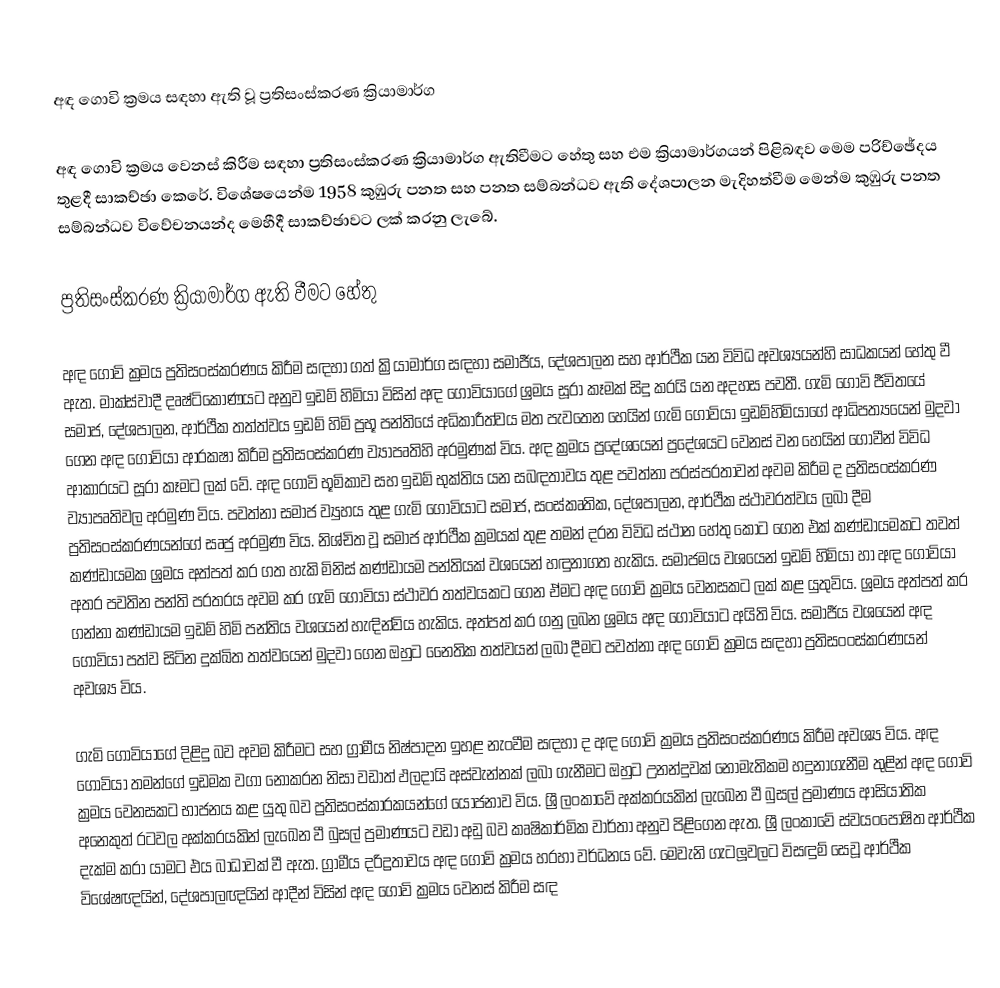

අඳ ගොවි ක්‍රමය සඳහා ඇති වූ ප්‍රතිසංස්කරණ ක්‍රියාමාර්ග

අඳ ගොවි ක්‍රමය වෙනස් කිරීම සඳහා ප්‍රතිසංස්කරණ ක්‍රියාමාර්ග ඇතිවීමට හේතු සහ එම ක්‍රියාමාර්ගයන් පිළිබඳව මෙම පරිච්ඡේදය තුළදී සාකච්ඡා කෙරේ. විශේෂයෙන්ම 1958 කුඹුරු පනත සහ පනත සම්බන්ධව ඇති දේශපාලන මැදිහත්වීම මෙන්ම කුඹුරු පනත සම්බන්ධව විවේචනයන්ද මෙහීදී සාකච්ඡාවට ලක් කරනු ලැබේ.

ප්‍රතිසංස්කරණ ක්‍රියාමාර්ග ඇති වීමට හේතු

අඳ ගොවි ක්‍රමය ප්‍රතිසංස්කරණය කිරීම සඳහා ගත් ක්‍රියාමාර්ග සඳහා සමාජීය, දේශපාලන සහ ආර්ථීක යන විවිධ අවශ්‍යයන්හි සාධකයන් හේතු වී ඇත. මාක්ස්වාදී දෘෂ්ටිකෝණයට අනුව ඉඩම් හිමියා විසින් අඳ ගොවියාගේ ශ්‍රමය සූරා කෑමක් සිදු කරයි යන අදහස පවතී. ගැමි ගොවි ජීවිතයේ සමාජ, දේශපාලන, ආර්ථීක තත්ත්වය ඉඩම් හිමි ප්‍රභූ පන්තියේ අධිකාරීත්වය මත පැවතෙන හෙයින් ගැමි ගොවියා ඉඩම්හිමියාගේ ආධිපත්‍යයෙන් මුදවා ගෙන අඳ ගොවියා ආරක‍ෂා කිරීම ප්‍රතිසංස්කරණ ව්‍යාපෘතිහි අරමුණක් විය. අඳ ක්‍රමය ප්‍රදේශයෙන් ප්‍රදේශයට වෙනස් වන හෙයින් ගොවීන් විවිධ ආකාරයට සූරා කෑමට ලක් වේ. අඳ ගොවි භූමිකාව සහ ඉඩම් භුක්තිය යන සබඳතාවය තුළ පවත්නා පරස්පරතාවන් අවම කිරීම ද ප්‍රතිසංස්කරණ ව්‍යාපෘතිවල අරමුණ විය. පවත්නා සමාජ ව්‍යුහය තුළ ගැමි ගොවියාට සමාජ, සංස්කෘතික, දේශපාලන, ආර්ථීක ස්ථාවරත්වය ලබා දීම ප්‍රතිසංස්කරණයන්ගේ සෘජු අරමුණ විය. නිශ්චිත වූ සමාජ ආර්ථීක ක්‍රමයක් තුළ තමන් දරන විවිධ ස්ථාන හේතු කොට ගෙන එක් කණ්ඩායමකට තවත් කණ්ඩායමක ශ්‍රමය අත්පත් කර ගත හැකි මිනිස් කණ්ඩායම පන්තියක් වශයෙන් හඳුනාගත හැකිය. සමාජමය වශයෙන් ඉඩම් හිමියා හා අඳ ගොවියා  අතර පවතින පන්ති පරතරය අවම කර ගැමි ගොවියා ස්ථාවර තත්වයකට ගෙන ඒමට අඳ ගොවි ක්‍රමය වෙනසකට ලක් කළ යුතුවිය. ශ්‍රමය අත්පත් කර ගන්නා කණ්ඩායම ඉඩම් හිමි පන්තිය වශයෙන් හැඳින්විය හැකිය. අත්පත් කර ගනු ලබන ශ්‍රමය අඳ ගොවියාට අයිති විය. සමාජීය වශයෙන් අඳ ගොවියා පත්ව සිටින දුක්ඛිත තත්වයෙන් මුදවා ගෙන ඔහුට නෛතික තත්වයන් ලබා දීමට පවත්නා අඳ ගොවි ක්‍රමය සඳහා ප්‍රතිසංංස්කරණයන් අවශ්‍ය විය.

ගැමි ගොවියාගේ දිළිදු බව අවම කිරීමට සහ ග්‍රාමීය නිෂ්පාදන ඉහළ නැංවීම සඳහා ද අඳ ගොවි ක්‍රමය ප්‍රතිසංස්කරණය කිරීම අවශ්‍ය විය. අඳ ගොවියා තමන්ගේ ඉඩමක වගා නොකරන නිසා වඩාත් ඵලදායි අස්වැන්නක් ලබා ගැනීමට ඔහුට උනන්දුවක් නොමැතිකම හදුනාගැනීම තුළින් අඳ ගොවි ක්‍රමය වෙනසකට භාජනය කළ යුතු බව ප්‍රතිසංස්කාරකයන්ගේ යෝජනාව විය. ශ්‍රී ලංකාවේ අක්කරයකින් ලැඛෙන වී බුසල් ප්‍රමාණය ආසියාතික අනෙකුත් රටවල අක්කරයකින් ලැඛෙන වී බුසල් ප්‍රමාණයට වඩා අඩු බව කෘෂිකාර්මික වාර්තා අනුව පිළිගෙන ඇත. ශ්‍රී ලංකාවේ ස්වයංපෝෂිත ආර්ථීක දැක්ම කරා යාමට එය බාධාවක් වී ඇත. ග්‍රාමීය දරිද්‍රතාවය අඳ ගොවි ක්‍රමය හරහා වර්ධනය වේ. මෙවැනි ගැටලූවලට විසඳුම් සෙවූ ආර්ථීක විශේෂඥයින්, දේශපාලඥයින් ආදීන් විසින් අඳ ගොවි ක්‍රමය වෙනස් කිරීම සඳ